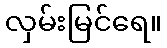
လှမ်းမြင်ရေ။